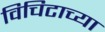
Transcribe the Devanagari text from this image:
विचिटाच्या